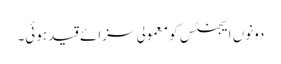
دونوں ایجنٹس کو معمولی سزائے قید ہوئی۔